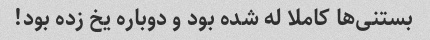
بستنی‌ها کاملا له شده بود و دوباره یخ زده بود!